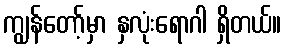
ကျွန်တော့်မှာ နှလုံးရောဂါ ရှိတယ်။